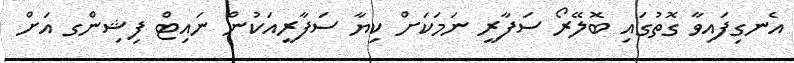
އެނގިފައިވާ ގޮތުގައި ބޮލޭރޯ ސަފާރީ ނަމަކަށް ކިޔާ ސަފާރީއަކުން ނައިޓް ފިޝިންގ އަށް